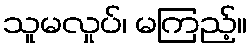
သူမလှုပ်၊ မကြည့်။